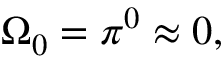
\Omega _ { 0 } = \pi ^ { 0 } \approx 0 ,